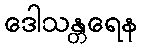
ဒေါသန္တရေန